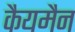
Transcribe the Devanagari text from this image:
कैयमैन